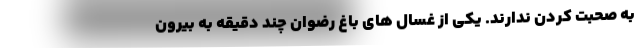
به صحبت کردن ندارند. یکی از غسال های باغ رضوان چند دقیقه به بیرون